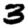
Digit: 3